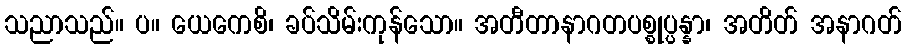
သညာသည်။ ပ။ ယေကေစိ၊ ခပ်သိမ်းကုန်သော။ အတီတာနာဂတပစ္စုပ္ပန္နာ၊ အတိတ် အနာဂတ်